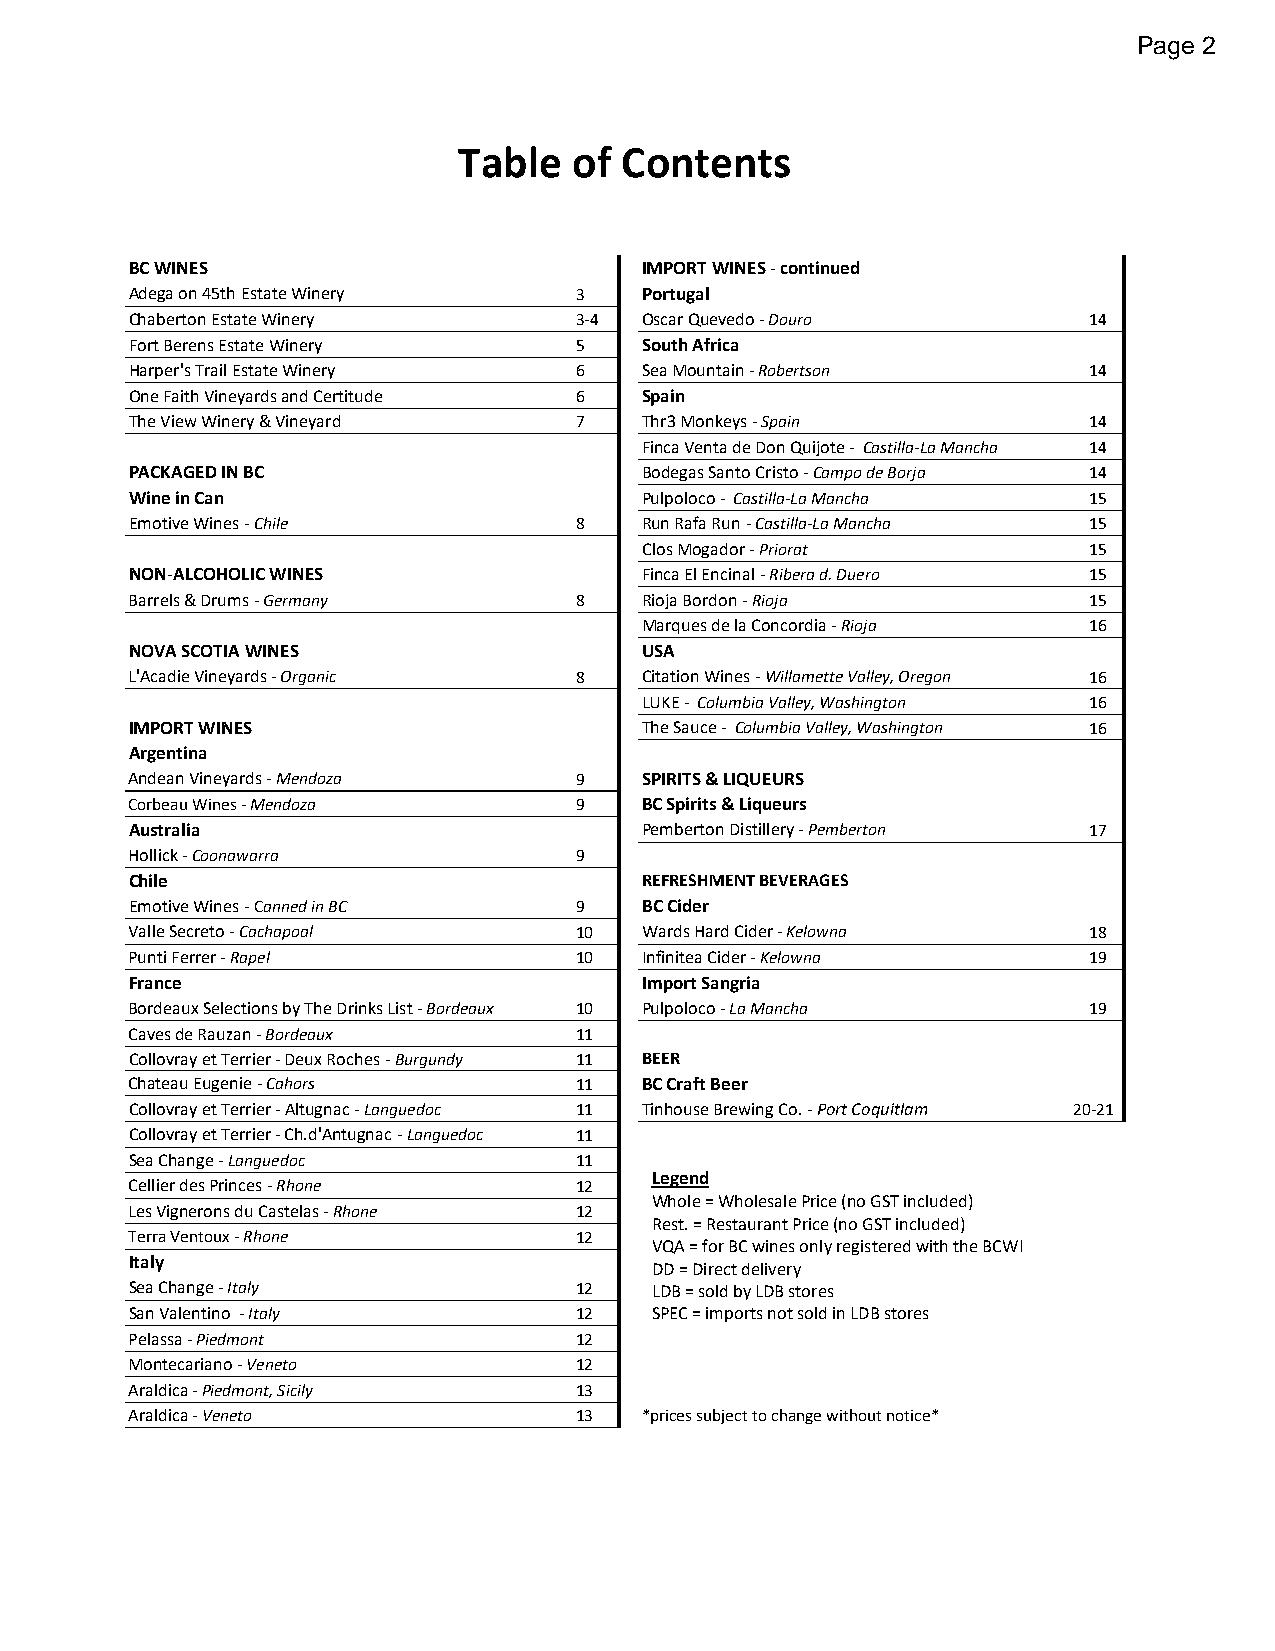
Page 2
 Table   of Contents
 BC WINES                         IMPORT WINES - continued
 Adega on 45th Estate Winery  3   Portugal
 Chaberton Estate Winery      3-4 Oscar Quevedo - Douro         14
 Fort Berens Estate Winery    5   South Africa
 Harper's Trail Estate Winery 6   Sea Mountain - Robertson      14
 One Faith Vineyards and Certitude 6 Spain
 The View Winery & Vineyard   7   Thr3 Monkeys - Spain          14
 Finca Venta de Don Quijote - Castilla-La Mancha 14
 PACKAGED IN BC                   Bodegas Santo Cristo - Campo de Borja 14
 Wine in Can                      Pulpoloco - Castilla-La Mancha 15
 Emotive Wines - Chile        8   Run Rafa Run - Castilla-La Mancha 15
 Clos Mogador - Priorat        15
 NON-ALCOHOLIC WINES              Finca El Encinal - Ribera d. Duero 15
 Barrels & Drums - Germany     8   Rioja Bordon - Rioja          15
 Marques de la Concordia - Rioja 16
 NOVA SCOTIA WINES                USA
 L'Acadie Vineyards - Organic  8   Citation Wines - Willamette Valley, Oregon 16
 LUKE - Columbia Valley, Washington 16
 IMPORT WINES                     The Sauce - Columbia Valley, Washington 16
 Argentina
 Andean Vineyards - Mendoza    9   SPIRITS & LIQUEURS
 Corbeau Wines - Mendoza       9   BC Spirits & Liqueurs
 Australia                        Pemberton Distillery - Pemberton 17
 Hollick - Coonawarra          9
 Chile                            REFRESHMENT BEVERAGES
 Emotive Wines - Canned in BC 9   BC Cider
 Valle Secreto - Cachapoal     10  Wards Hard Cider - Kelowna    18
 Punti Ferrer - Rapel          10  Infinitea Cider - Kelowna     19
 France                           Import Sangria
 Bordeaux Selections by The Drinks List - Bordeaux 10 Pulpoloco - La Mancha 19
 Caves de Rauzan - Bordeaux    11
 Collovray et Terrier - Deux Roches - Burgundy 11 BEER
 Chateau Eugenie - Cahors      11  BC Craft Beer
 Collovray et Terrier - Altugnac - Languedoc 11 Tinhouse Brewing Co. - Port Coquitlam 20-21
 Collovray et Terrier - Ch.d'Antugnac - Languedoc 11
 Sea Change - Languedoc       11
 Legend
 Cellier des Princes - Rhone   12
 Whole = Wholesale Price (no GST included)
 Les Vignerons du Castelas - Rhone 12
 Rest. = Restaurant Price (no GST included)
 Terra Ventoux - Rhone         12
 VQA = for BC wines only registered with the BCWI
 Italy
 DD = Direct delivery
 Sea Change - Italy           12   LDB = sold by LDB stores
 San Valentino - Italy        12   SPEC = imports not sold in LDB stores
 Pelassa - Piedmont            12
 Montecariano - Veneto         12
 Araldica - Piedmont, Sicily   13
 Araldica - Veneto             13  *prices subject to change without notice*